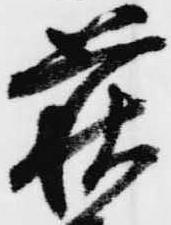
萩